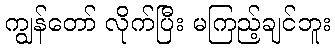
ကျွန်တော် လိုက်ပြီး မကြည့်ချင်ဘူး